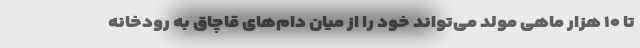
تا ۱۰ هزار ماهی مولد می‌تواند خود را از میان دام‌های قاچاق به رودخانه